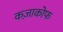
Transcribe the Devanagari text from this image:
कज़ाकोफ